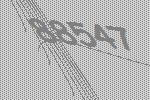
88547